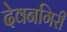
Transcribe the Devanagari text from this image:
देवनगिरी